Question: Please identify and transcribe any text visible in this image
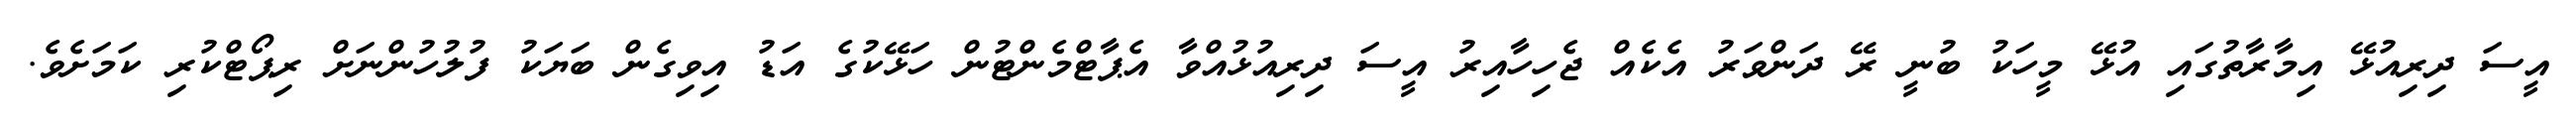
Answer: އީސަ ދިރިއުޅޭ އިމާރާތުގައި އުޅޭ މީހަކު ބުނީ ރޭ ދަންވަރު އެކެއް ޖެހިހާއިރު އީސަ ދިރިއުޅުއްވާ އެޕާޓްމެންޓުން ހަޅޭކުގެ އަޑު އިވިގެން ބަޔަކު ފުލުހުންނަށް ރިޕޯޓްކުރި ކަމަށެވެ.